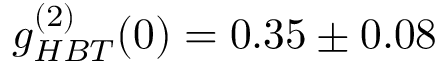
g _ { H B T } ^ { ( 2 ) } ( 0 ) = 0 . 3 5 \pm 0 . 0 8